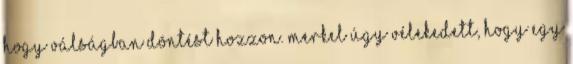
hogy válságban döntést hozzon. Merkel úgy vélekedett, hogy egy